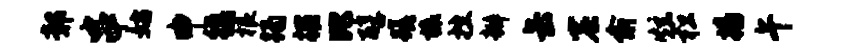
鄣串姑申徭根躅撰比醇蹉榱挫瓣缶窟俞炫松播午